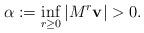
LaTeX: \begin{align*}\alpha := \inf_{r \geq 0} |M^r\mathbf{v}| > 0.\end{align*}